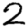
Digit: 2